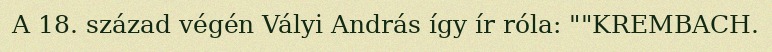
A 18. század végén Vályi András így ír róla: ""KREMBACH.